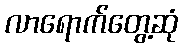
လာရောက်တွေ့ဆုံ